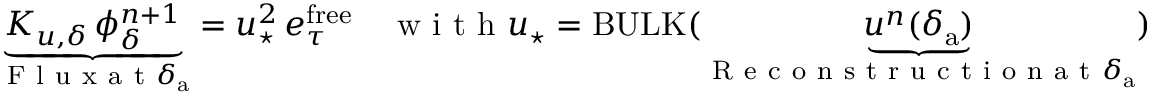
\underbrace { K _ { u , \delta } \, { \phi } _ { \delta } ^ { n + 1 } } _ { \mathrm { ~ F ~ l ~ u ~ x ~ a ~ t ~ } \delta _ { \mathrm { a } } } = u _ { \star } ^ { 2 } \, e _ { \tau } ^ { \mathrm { f r e e } } \quad \mathrm { ~ w ~ i ~ t ~ h ~ } u _ { \star } = \mathrm { B U L K } ( \underbrace { u ^ { n } ( \delta _ { \mathrm { a } } ) } _ { \mathrm { ~ R ~ e ~ c ~ o ~ n ~ s ~ t ~ r ~ u ~ c ~ t ~ i ~ o ~ n ~ a ~ t ~ } \delta _ { \mathrm { a } } } )